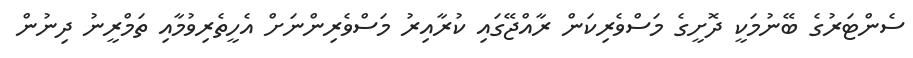
ސެންޓަރުގެ ބޭނުމަކީ ދޮށީގެ މަސްވެރިކަން ރާއްޖޭގައި ކުރާއިރު މަސްވެރިންނަށް އެހީތެރިވުމާއި ތަމްރީނު ދިނުން